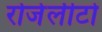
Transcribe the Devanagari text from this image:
रोजेलीटो